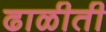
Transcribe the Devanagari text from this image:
ढाळीती